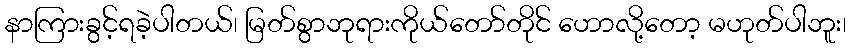
နာကြားခွင့်ရခဲ့ပါတယ်၊ မြတ်စွာဘုရားကိုယ်တော်တိုင် ဟောလို့တော့ မဟုတ်ပါဘူး၊